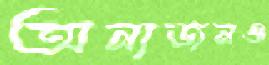
অন্যজনও